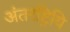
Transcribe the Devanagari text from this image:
अंतरष्ट्रियि